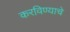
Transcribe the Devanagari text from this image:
करविण्याचे